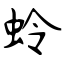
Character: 蛉